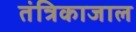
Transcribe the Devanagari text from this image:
तंत्रिकाजाल